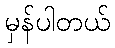
မှန်ပါတယ်